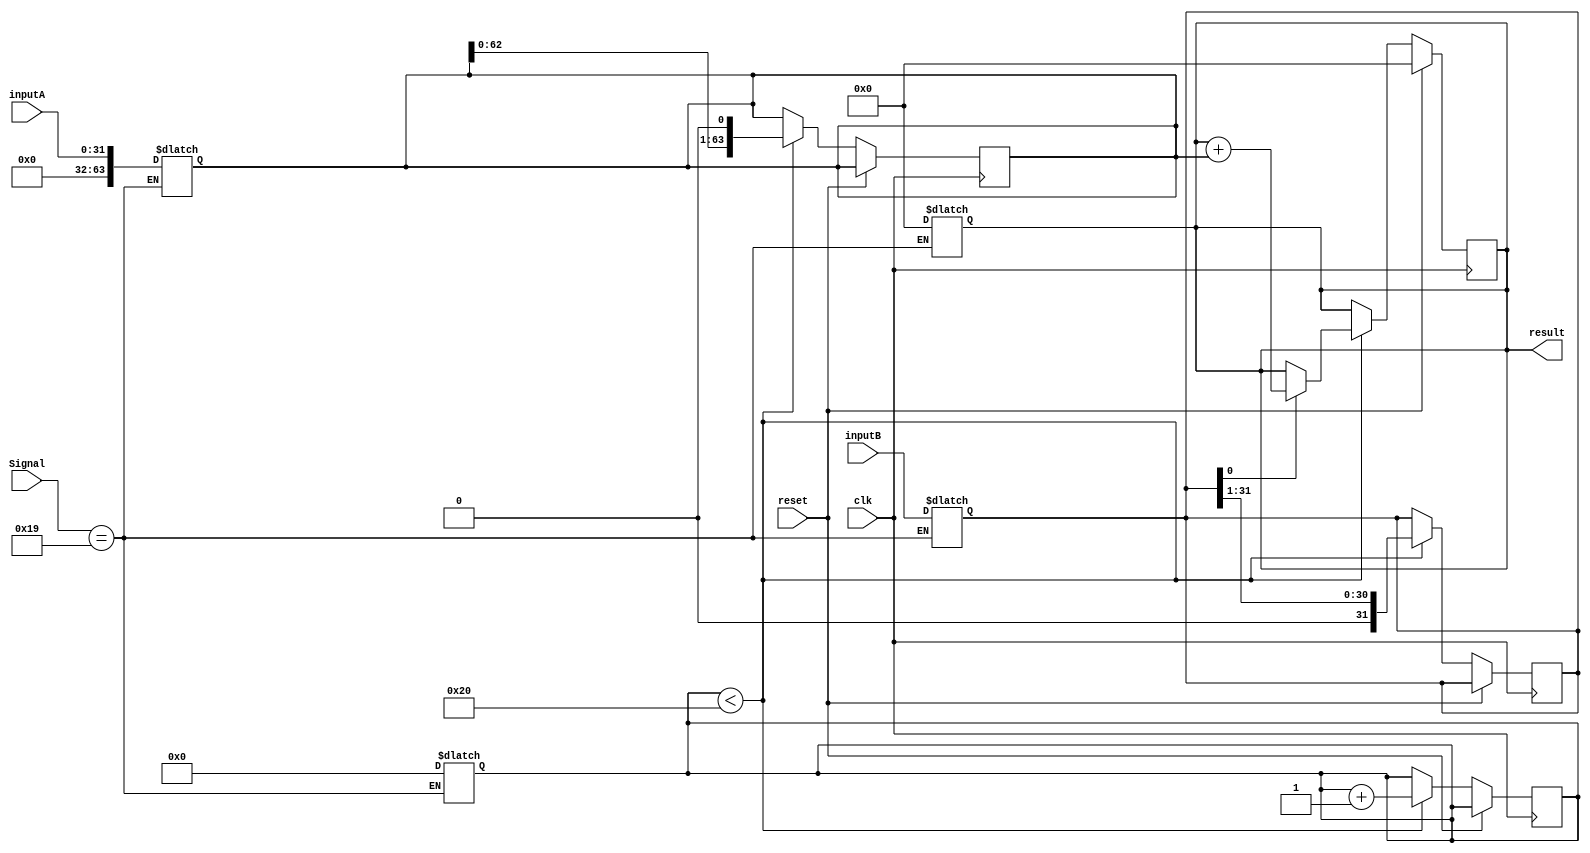
module MULTIPLIER( inputA, inputB, result, reset, clk, Signal);
input reset,clk;
input [31:0]inputA, inputB;
input [5:0]Signal ;

output [63:0]result;


reg [63:0] MCAND ;
reg [31:0] MLER ;
reg [63:0] product;
reg [5:0]count ;

parameter MULTU = 6'd25;

always @( Signal or inputA or inputB ) 
begin
	if ( Signal == MULTU ) 
	begin
		count = 6'd0;
		MCAND[63:0] = {32'b0,inputA} ;
		MLER = inputB ;	
		
		product = 0 ;
	end
end


always @( posedge clk )
begin
	if(reset) 
	begin 	
		
		product = 64'd0;
	end
	else if( count < 32 )
	begin 

		if( MLER[0] == 1'b1 )
		begin 
			product = product + MCAND ;
		end
		else 
		begin
			product = product;
		end
		
		MCAND = MCAND << 1 ;
		MLER = MLER >> 1 ;
		count = count + 6'd1 ;
		
	

	end
end

assign result = product;


endmodule